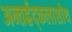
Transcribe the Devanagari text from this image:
अन्तर्ह्रद्कलाशोथ